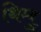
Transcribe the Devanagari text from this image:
थिम्बु